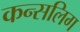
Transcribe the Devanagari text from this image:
कन्सलिग